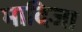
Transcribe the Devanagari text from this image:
मादिजा